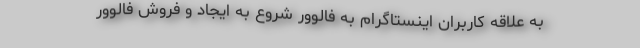
به علاقه کاربران اینستاگرام به فالوور شروع به ایجاد و فروش فالوور